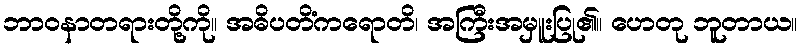
ဘာဝနာတရားတို့ကို။ အဓိပတိံကရောတိ၊ အကြီးအမှူးပြု၏။ ဟေတု ဘူတာယ။